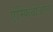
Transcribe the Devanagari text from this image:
ऐम्फिथीअटरों